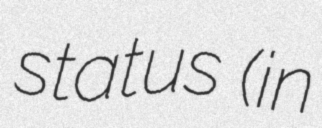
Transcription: status (in